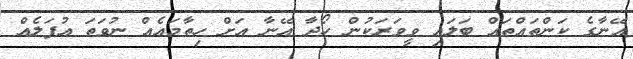
އޭނާގެ ކަންތައްތައް ބަލައި ވީވަރަކުން ހޯދާ އޭނާ އަށް ހިތާމައެއް ނުވަތަ އުފަލެއް